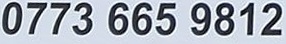
0773 665 9812